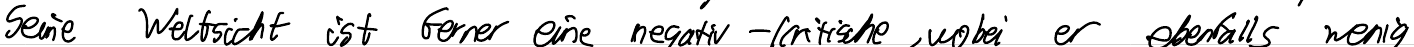
Seine Weltsicht ist ferner eine negativ-kritische, wobei er ebenfalls wenig